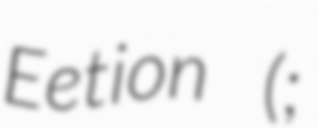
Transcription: Eetion (;